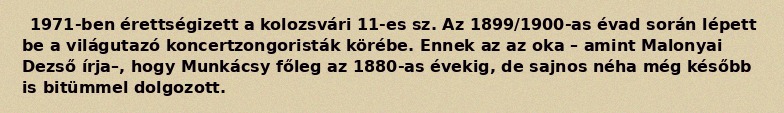
1971-ben érettségizett a kolozsvári 11-es sz. Az 1899/1900-as évad során lépett be a világutazó koncertzongoristák körébe. Ennek az az oka – amint Malonyai Dezső írja–, hogy Munkácsy főleg az 1880-as évekig, de sajnos néha még később is bitümmel dolgozott.